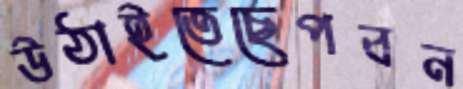
উঠাইতেছেপবন